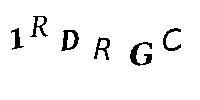
1RDRGC